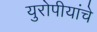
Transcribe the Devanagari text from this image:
युरोपीयांचे